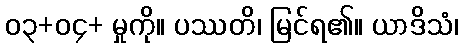
၀၃+၀၄+ မှုကို။ ပဿတိ၊ မြင်ရ၏။ ယာဒိသံ၊